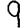
Digit: 9